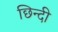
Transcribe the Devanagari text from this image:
छिन्दी